Lunatic asylums Punjab 1881-1894 - 1881-1894
Year: 1881
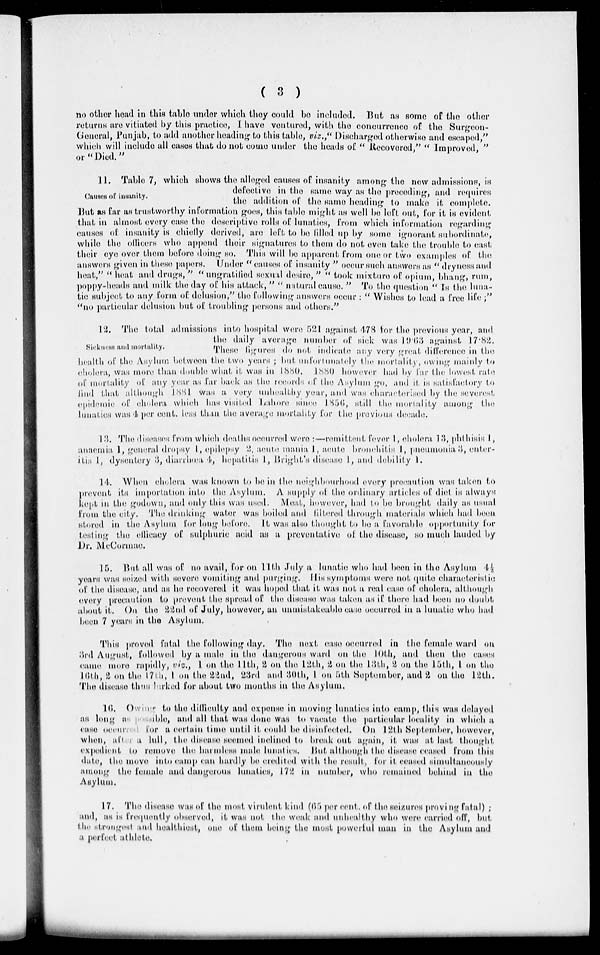
( 3 )
no other head in this table under which they could be included. But as some of the other
returns are vitiated by this practice, I have ventured, with the concurrence of the Surgeon-
General, Punjab, to add another heading to this table, viz.," Discharged otherwise and escaped,"
which will include all cases that do not come under the heads of " Recovered," " Improved, "
or "Died."
Causes of insanity.
11. Table 7, which shows the alleged causes of insanity among the now admissions, is
defective in the same way as the proceding, and requires
the addition of the same heading to make it complete
But as far as trustworthy information goes, this table might as well be left out, for it is evident
that in almost every case the descriptive rolls of lunatics, from which information regarding
causes of insanity is chiefly derived, are left to be filled up by some ignorant subordinate,
while the officers who append their signatures to thorn, do not oven take the trouble to cast
their eye over them before doing so. This will be apparent from one or two examples of the
answers given in these papers. Under " causes of insanity " occur such answers as " dryness and
heat," "heat and drugs," "ungratified sexual desire," "took mixture of opium, bhang, rum,
poppy-heads and milk the day of his attack," " natural cause. " To the question " Is the luna-
tic subject to any form of delusion," the following answers occur : " Wishes to lead a free life;"
"no particular delusion but of troubling persons and others."
Sickness and mortality.
12. The total admissions into hospital were 521 against 478 for the previous year, and
the daily average number of sick was 19.63 against 17.82.
These figures do not indicate any very great difference in the
health of the Asylum between the two years ; but unfortunately the mortality, owing mainly to
cholera, was more than double what it was in 1880. 1880 however had by far the lowest rate
of mortality of any year as far back as the records of the Asylum go, and it is satisfactory to
find that although 1881 was a very unhealthy year, and was characterised by the severest
epidemic of cholera which has visited Lahore since 1856, still the mortality among the
lunatics was 4 per cent. less than the average mortality for the previous decade.
13. The diseases from which deaths occurred were :—remittent fever 1, cholera 13, phthisis 1,
annemia 1, general dropsy 1, epilepsy 2, acute mania 1, acute bronchitis 1, pneumonia 3, enter-
itis 1, dysentery 3, diarrhœa 4, hepatitis 1, Bright's disease 1, and debility 1,
14. When cholera was known to be in the neighbourhood every precaution was taken to
prevent its importation into the Asylum. A supply of the ordinary articles of diet is always
kept in the godown, and only this was used, Meat, however, had to be brought daily as usual
from the city. The drinking water was boiled and filtered through materials which had been
stored in the Asylum for long before. It was also thought to be a favorable opportunity for
testing the efficucy of sulphuric acid as a preventative of the disease, so much lauded by
Dr. MeCormac.
15. But all was of no avail, for on 11th July a lunatic who had been in the Asylum 4½
years was seized with severe vomiting and purging. His symptoms were not quite characteristic
of the disease, and as he recovered it was hoped that it was not a real case of cholera, although
every precaution to prevent the spread of the disease was taken as if there had been no doubt
about it. On the 22nd of July, however, an unmistakeable case occurred in a lunatic who had
been 7 years in the Asylum.
This proved fatal the following day. The next case occurred in the female ward on
3rd August, followed by a male in the dangerous ward on the 10th, and then the cases
came more rapidly, viz., 1 on the 11th, 2 on the 12th, 2 on the 13th, 2 on the 15th, 1 on the
10th, 2 on the 17th, 1 on the 22nd, 23rd and 30th, 1 on 5th September, and 2 on the 12th.
The disease thus lurked for about two months in the Asylum.
16. Owing to the difficulty and expense in moving lunatics into camp, this was delayed
as long as possible, and all that was done was to vacate the particular locality in which a
cease occurred for a certain time until it could be disinfected. On 12th September, however,
when, after a dull, the disease scemed inclined to break out again, it was at last thought
expedient to remove the harmless male lunatics. But although the disease caused from this
date, the move into camp can hardly be credited with the result, for it caused simultaneously
among the female and dangerous lunatics, 172 in number, who remained behind in the
Asylum.
17. The disease was of the most virulent kind (65 per cent. of the seizures proving fatal) ;
and, as is frequently observed, it was not the weak and unhealthy who were carried off, but
the strongest and healthiest, one of them being the most powerful man in the Asylum and
a perfect athlete,